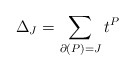
\begin{align*}\Delta_J = \sum_{\partial(P)=J} t^P\end{align*}